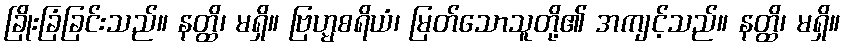
ခြိုးခြံခြင်းသည်။ နတ္ထိ၊ မရှိ။ ဗြဟ္မစရိယံ၊ မြတ်သောသူတို့၏ အကျင့်သည်။ နတ္ထိ၊ မရှိ။